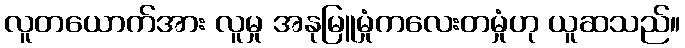
လူတယောက်အား လူမှု အနုမြူမှုံကလေးတမှုံဟု ယူဆသည်။